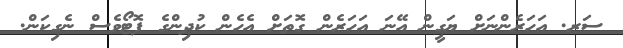
ސަރ. އަހަރެންނަށް ޔަގީން އޭނަ އަހަރެން ގޮތަށް އެހެން ކުދިންގެ ފޮޓޯވެސް ނެގިކަން.